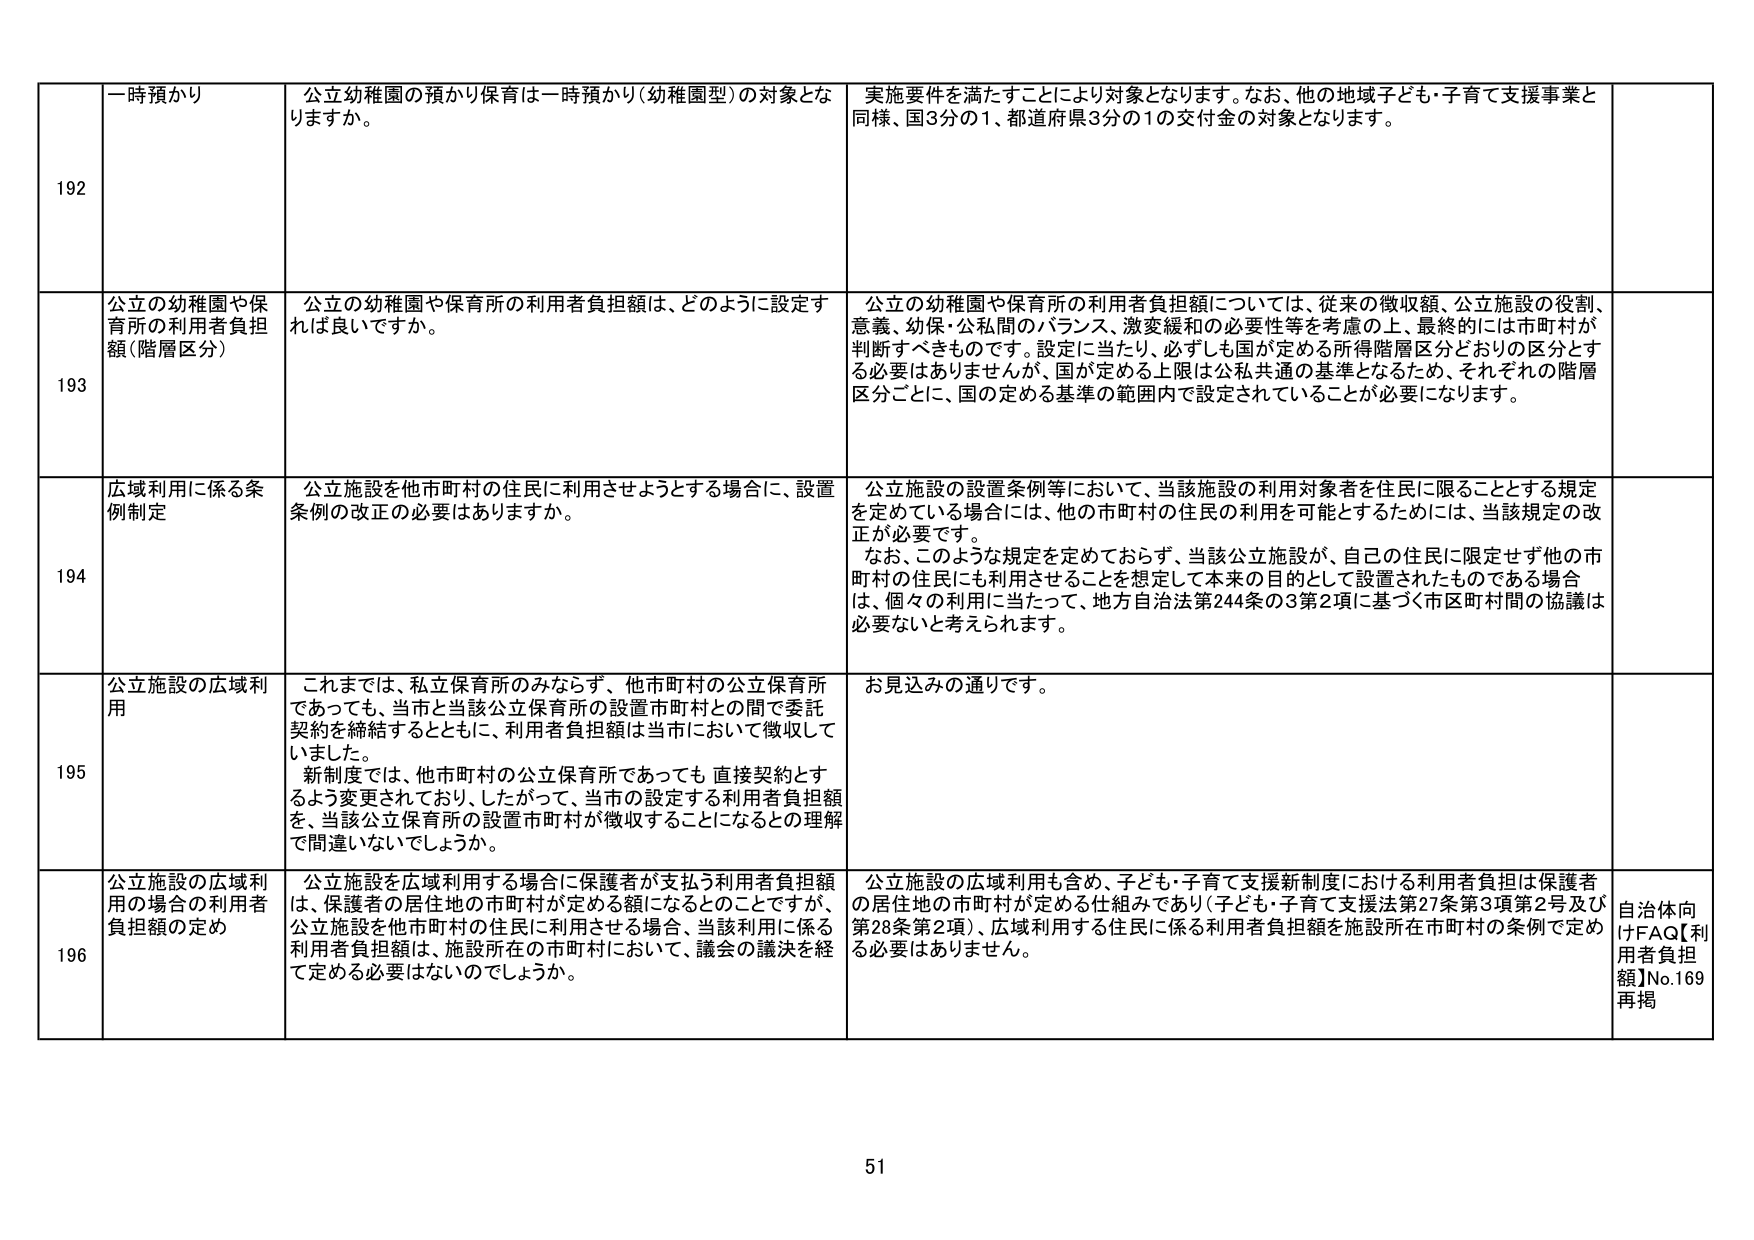
192 一時預かり 公立幼稚園の預かり保育は一時預かり（幼稚園型）の対象となりますか。 実施要件を満たすことにより対象となります。なお、他の地域子ども・子育て支援事業と同様、国3分の1、都道府県3分の1の交付金の対象となります。

193 公立の幼稚園や保育所の利用者負担額（階層区分） 公立の幼稚園や保育所の利用者負担額は、どのように設定すれば良いですか。 公立の幼稚園や保育所の利用者負担額については、従来の徴収額、公立施設の役割、意義、幼保・公私間のバランス、激変緩和の必要性等を考慮の上、最終的には市町村が判断すべきものです。設定に当たり、必ずしも国が定める所得階層区分どおりの区分とする必要はありませんが、国が定める上限は公私共通の基準となるため、それぞれの階層区分ごとに、国の定める基準の範囲内で設定されていることが必要になります。

194 広域利用に係る条例制定 公立施設を他市町村の住民に利用させようとする場合に、設置条例の改正の必要はありますか。 公立施設の設置条例等において、当該施設の利用対象者を住民に限ることとする規定を定めている場合には、他の市町村の住民の利用を可能とするためには、当該規定の改正が必要です。 なお、このような規定を定めておらず、当該公立施設が、自己の住民に限定せず他の市町村の住民にも利用させることを想定して本来の目的として設置されたものである場合は、個々の利用に当たって、地方自治法第244条の3第2項に基づく市区町村間の協議は必要ないと考えられます。

195 公立施設の広域利用 これまでは、私立保育所のみならず、他市町村の公立保育所であっても、当市と当該公立保育所の設置市町村との間で委託契約を締結するとともに、利用者負担額は当市において徴収していました。 新制度では、他市町村の公立保育所であっても直接契約とするよう変更されており、したがって、当市の設定する利用者負担額を、当該公立保育所の設置市町村が徴収することになるとの理解で間違いないでしょうか。 お見込みの通りです。

196 公立施設の広域利用の場合の利用者負担額の定め 公立施設を広域利用する場合に保護者が支払う利用者負担額は、保護者の居住地の市町村が定める額になるとのことですが、公立施設を他市町村の住民に利用させる場合、当該利用に係る利用者負担額は、施設所在の市町村において、議会の議決を経て定める必要はないのでしょうか。 公立施設の広域利用も含め、子ども・子育て支援新制度における利用者負担は保護者の居住地の市町村が定める仕組みであり（子ども・子育て支援法第27条第3項第2号及び第28条第2項）、広域利用する住民に係る利用者負担額を施設所在市町村の条例で定める必要はありません。 自治体向けFAQ【利用者負担額】No.169 再掲

51